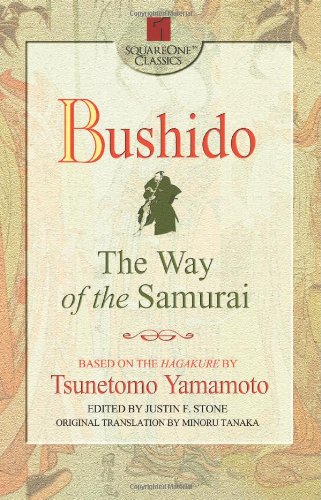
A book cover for Bushido: The Way of the Samurai (Square One Classics); Tsunetomo Yamamoto; History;